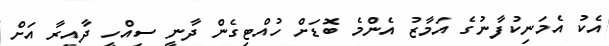
އެކު އެމަނިކުފާނުގެ އަމާޒު އެންމެ ބޮޑަށް ހުއްޓިގެން ދާނީ ސިއްހީ ދާއިރާ އަށް